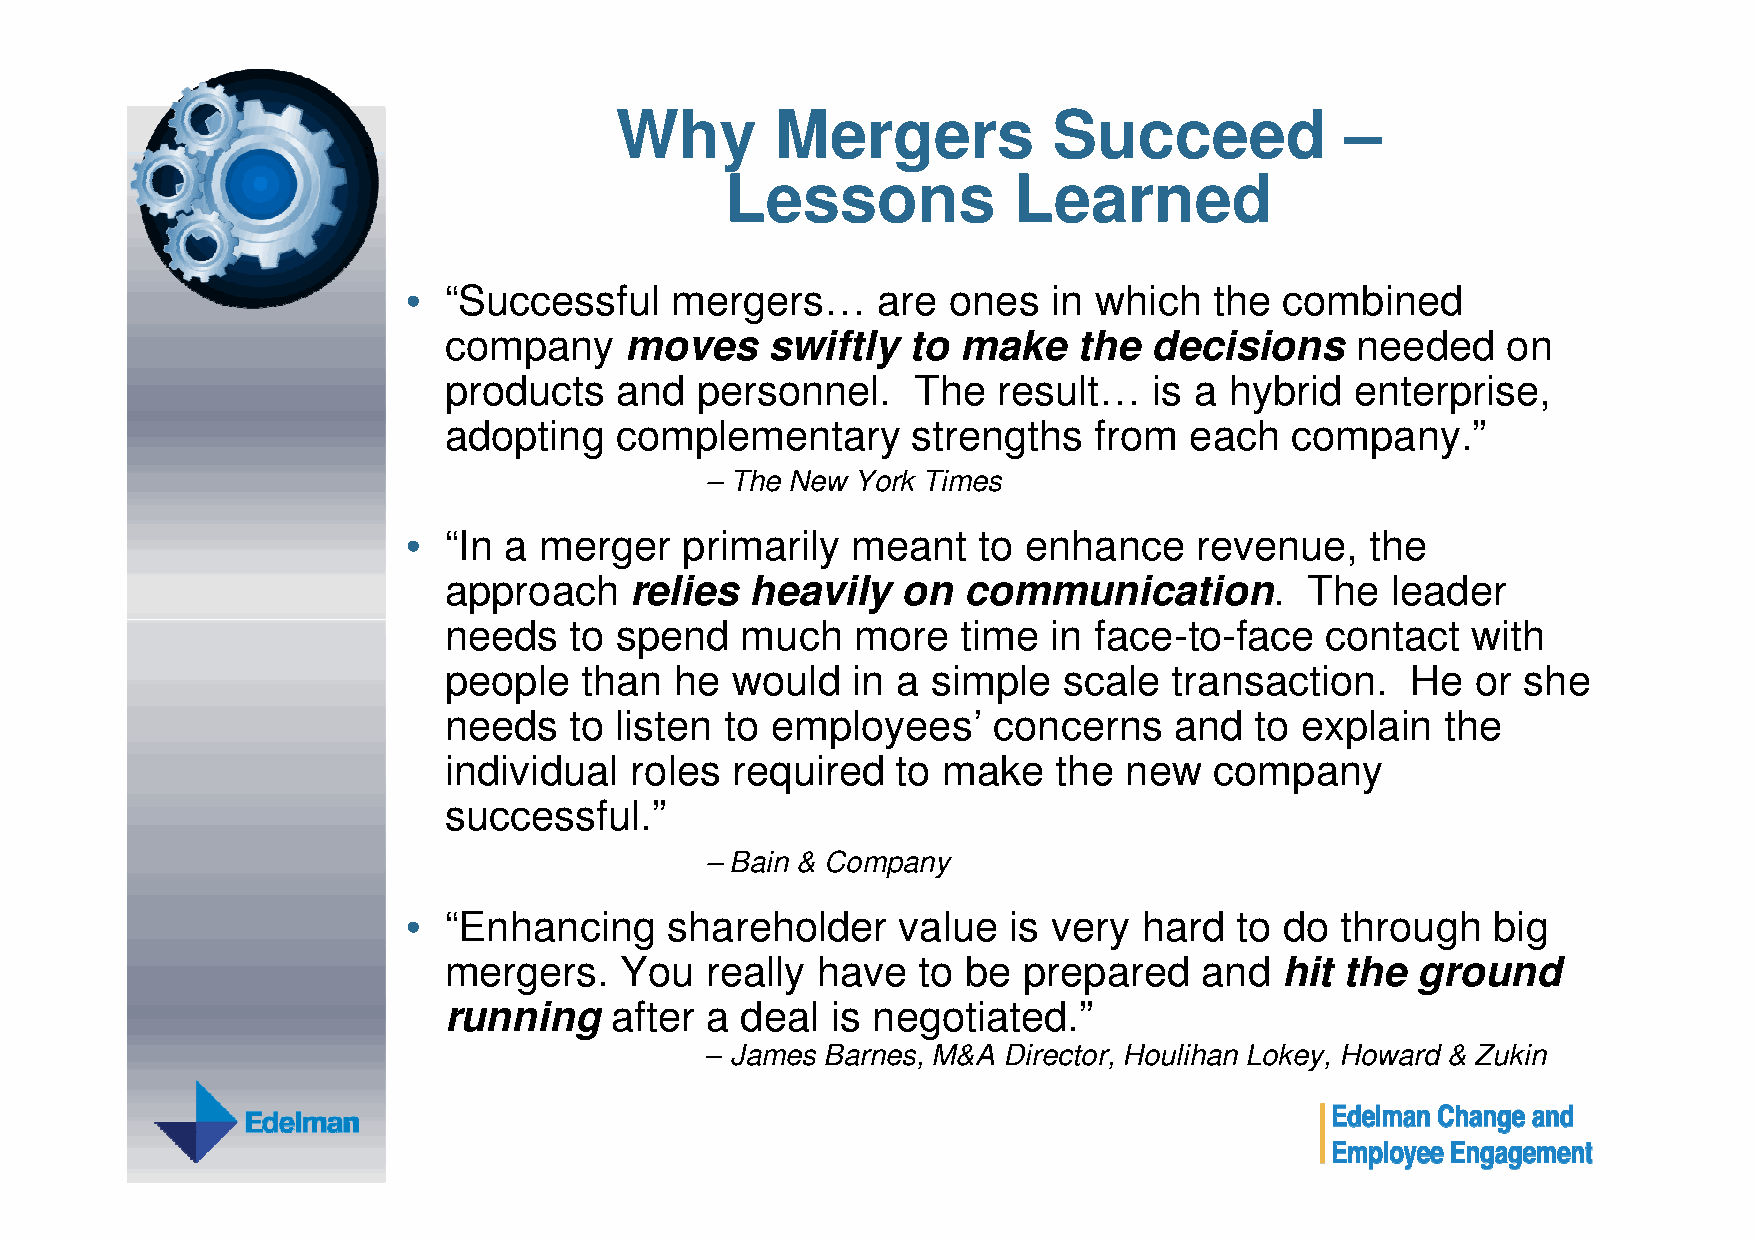
Why       Mergers            Succeed            –
 Lessons            Learned
 • “Successful    mergers…      are  ones   in which  the  combined
 company     moves     swiftly  to  make   the  decisions     needed    on
 products    and  personnel.    The   result…   is a hybrid   enterprise,
 adopting    complementary      strengths   from   each  company.”
 – The New York Times
 • “In a  merger   primarily  meant    to enhance    revenue,    the
 approach     relies  heavily   on  communication.         The  leader
 nneeeeddss ttoo ssppeenndd mmuucchh mmoorree ttiimmee iinn ffaaccee--ttoo--ffaaccee ccoonnttaacctt wwiitthh
 people   than   he would   in a  simple  scale   transaction.   He   or she
 needs    to listen to employees’     concerns    and  to explain   the
 individual   roles required   to make    the new   company
 successful.”
 – Bain & Company
 • “Enhancing     shareholder    value   is very  hard  to do  through   big
 mergers.    You   really have   to be  prepared   and   hit the  ground
 running    after  a deal  is negotiated.”
 – James Barnes, M&A Director, Houlihan Lokey, Howard & Zukin